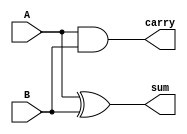
module half_adder(A, B, sum, carry);

    input A, B;
    output sum, carry;

    xor s(sum, A, B);
    and c(carry, A, B);
endmodule